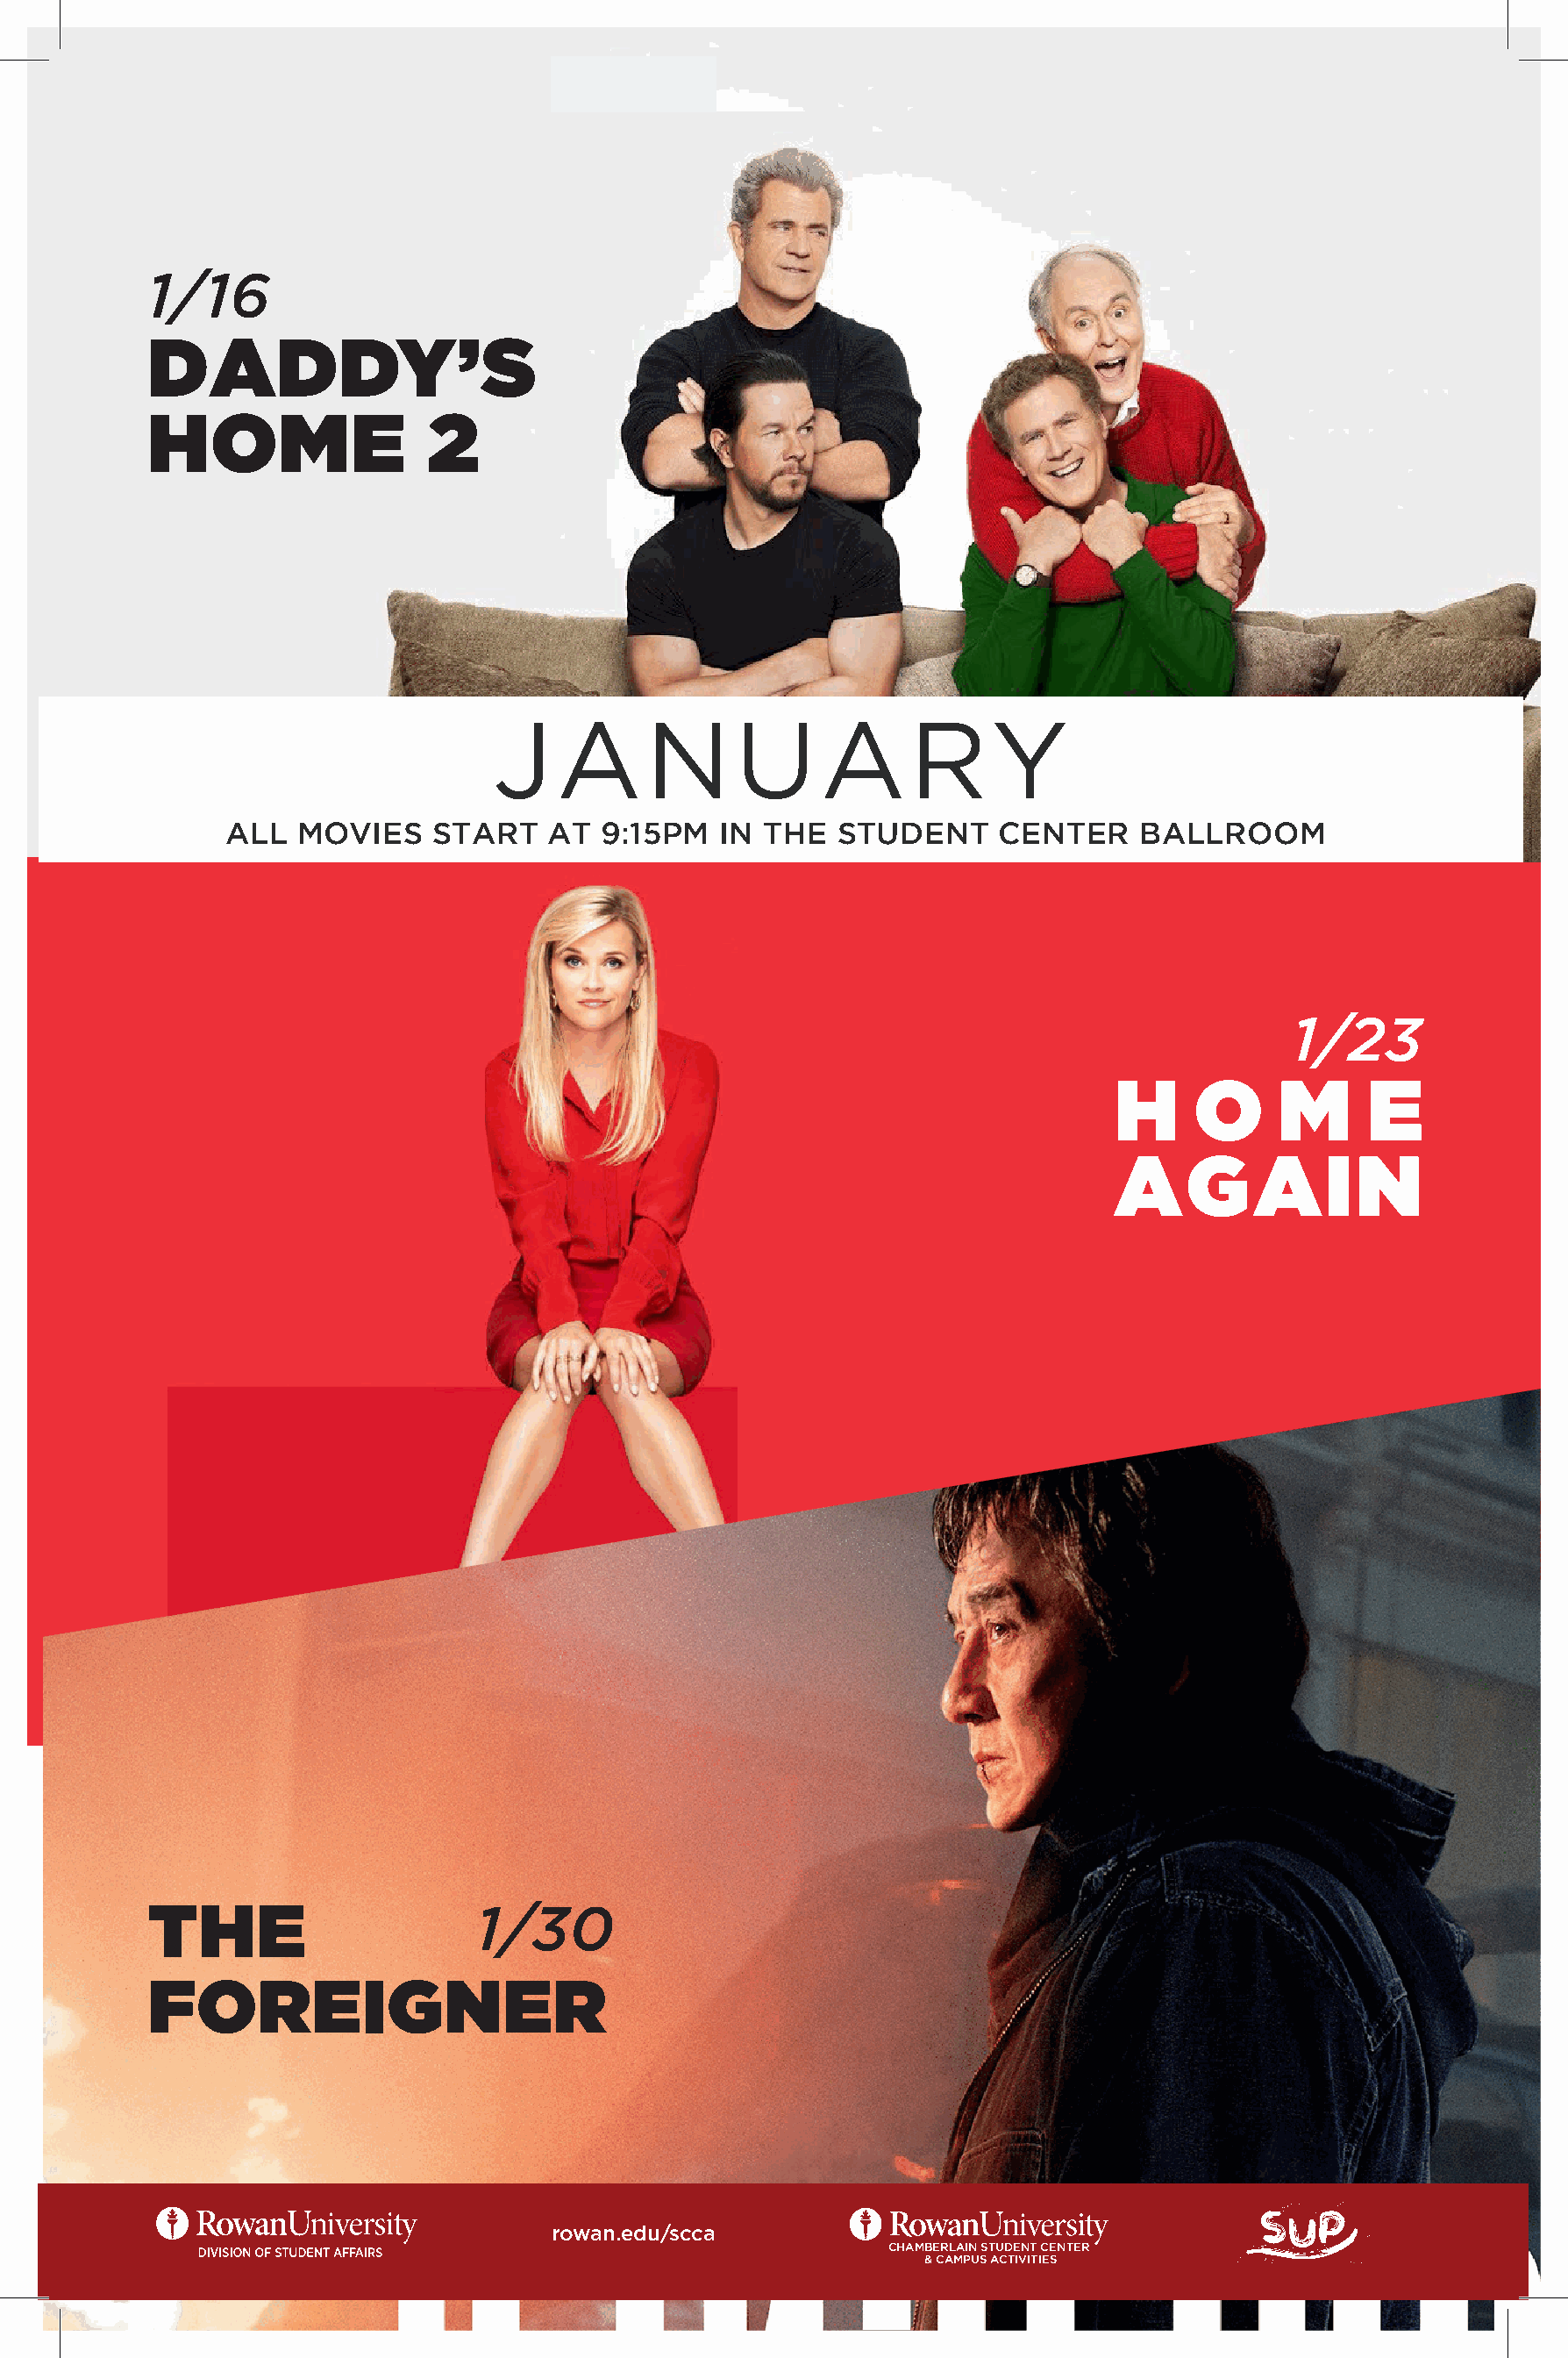
1/16
 DADDY’S
 HOME                 2
 JANUARY
 ALL  MOVIES     START   AT  9:15PM   IN  THE  STUDENT     CENTER     BALLROOM
 1/23
 H     O     M      E
 AGAIN
 THE                      1/30
 FOREIGNER
 rowan.edu/scca
 CHAMBERLAIN STUDENT CENTER
 & CAMPUS ACTIVITIES